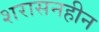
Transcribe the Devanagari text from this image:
शरासनहीन